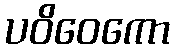
ပဝိဝေကော